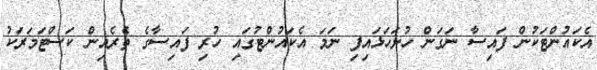
އެކައުންޓަކުން ފައިސާ ނަގަން ހުށަހަޅައިފި ނަމަ އެކައުންޓުގައި ހުރި ފައިސާގެ ތެރެއިން ކަސްޓަމަރަކު